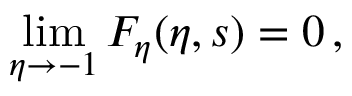
\operatorname* { l i m } _ { \eta \to - 1 } F _ { \eta } ( \eta , s ) = 0 \, ,